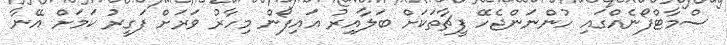
ސްމާޓްފޯނެއްގައި ހުންނަންޖެހޭ ފީޗާތަކަށް ބަލާއިރު އައިފޯން މިހާރު ވަރަށް ފަގީރު ކަމަށް އޭނާ